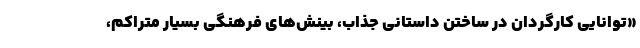
«توانایی کارگردان در ساختن داستانی جذاب، بینش‌های فرهنگی بسیار متراکم،